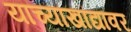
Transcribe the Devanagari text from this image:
याच्याखांद्यावर